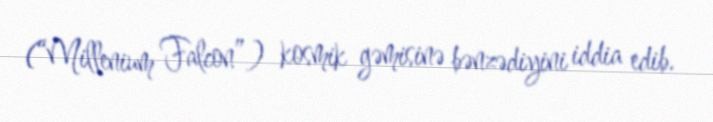
(“Millenium Falcon”) kosmik gəmisinə bənzədiyini iddia edib.